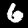
Digit: 6